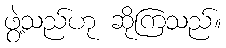
ဖွဲ့သည်ဟု ဆိုကြသည်။